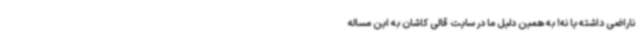
ناراضی داشته یا نه! به همین دلیل ما در سایت قالی کاشان به این مساله